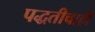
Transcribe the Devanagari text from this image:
पद्धतीचाही